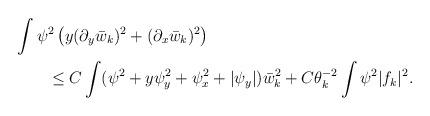
LaTeX: \begin{align*}&\int\psi^2\left(y(\partial_y\bar{w}_k)^2+(\partial_x\bar{w}_k)^2\right)\\&\qquad\leq C\int(\psi^2+y\psi_y^2+\psi_x^2+|\psi_y|)\bar{w}_k^2+C\theta_k^{-2}\int\psi^2|f_k|^2.\end{align*}